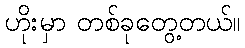
ဟိုးမှာ တစ်ခုတွေ့တယ်။